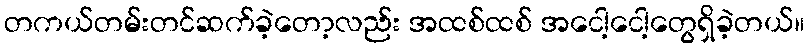
တကယ်တမ်းတင်ဆက်ခဲ့တော့လည်း အထစ်ထစ် အငေါ့ငေါ့တွေရှိခဲ့တယ်။